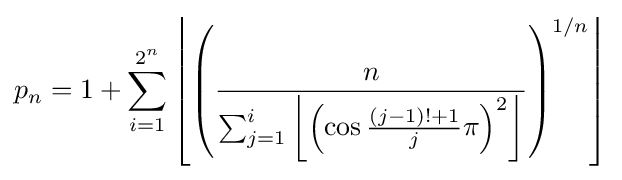
p_{n}=1+\sum _{i=1}^{2^{n}}\left\lfloor \left({\frac {n}{\sum _{j=1}^{i}\left\lfloor \left(\cos {\frac {(j-1)!+1}{j}}\pi \right)^{2}\right\rfloor }}\right)^{1/n}\right\rfloor